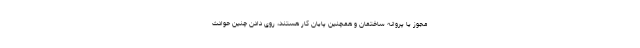
مجوز یا پروانه ساختمان و همچنین پایان کار هستند، روی دادن چنین حوادث